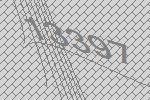
13397